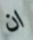
ان